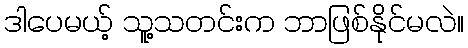
ဒါပေမယ့် သူ့သတင်းက ဘာဖြစ်နိုင်မလဲ။